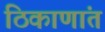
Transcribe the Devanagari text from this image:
ठिकाणांत